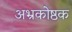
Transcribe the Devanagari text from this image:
अभ्रकोष्ठक